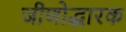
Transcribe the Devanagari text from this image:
जीणोद्धारक